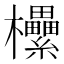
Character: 欙